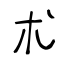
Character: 朮